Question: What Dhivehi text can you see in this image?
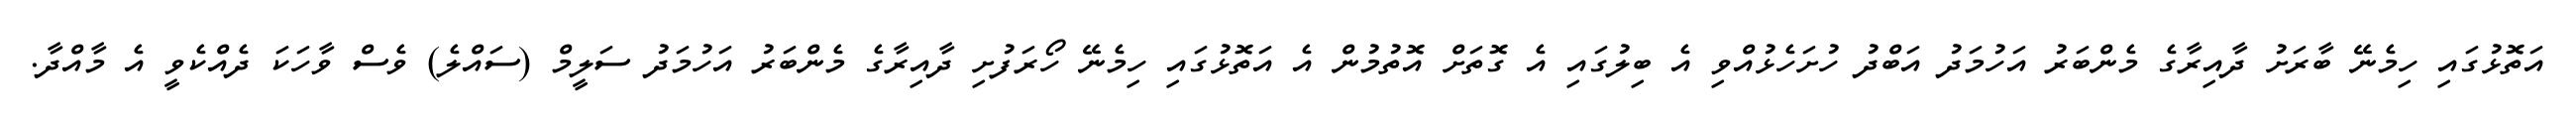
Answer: އަތޮޅުގައި ހިމެނޭ ބާރަށު ދާއިރާގެ މެންބަރު އަހުމަދު އަބްދު ހުށަހެޅުއްވި އެ ބިލުގައި އެ ގޮތަށް އޮތުމުން އެ އަތޮޅުގައި ހިމެނޭ ހޯރަފުށި ދާއިރާގެ މެންބަރު އަހުމަދު ސަލީމް (ސައްލެ) ވެސް ވާހަކަ ދެއްކެވީ އެ މާއްދާ.